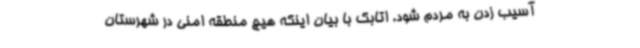
آسیب زدن به مردم شود. اتابک با بیان اینکه هیچ منطقه امنی در شهرستان